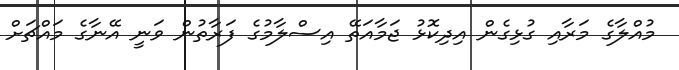
މުއްލާގެ މަރާއި ގުޅިގެން އިދިކޮޅު ޖަމާއަތޭ އިސްލާމުގެ ފަރާތުން ވަނީ އޭނާގެ މައްޗަށް